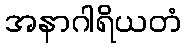
အနာဂါရိယတံ